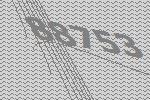
88753